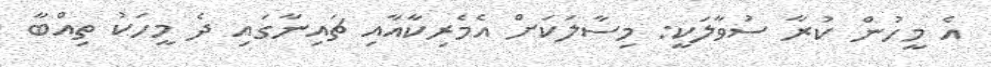
އެ މީހުން ކުރާ ސުވާލަކީ: މިސާލަކަށް އެމެރިކާއާއި ޗައިނާގައި ދެ މީހަކު ތިއްބާ